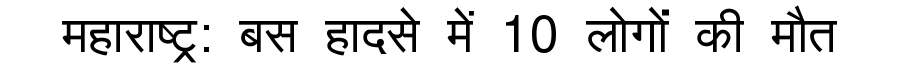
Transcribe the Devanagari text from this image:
महाराष्ट्र: बस हादसे में 10 लोगों की मौत